Lock hospitals Punjab
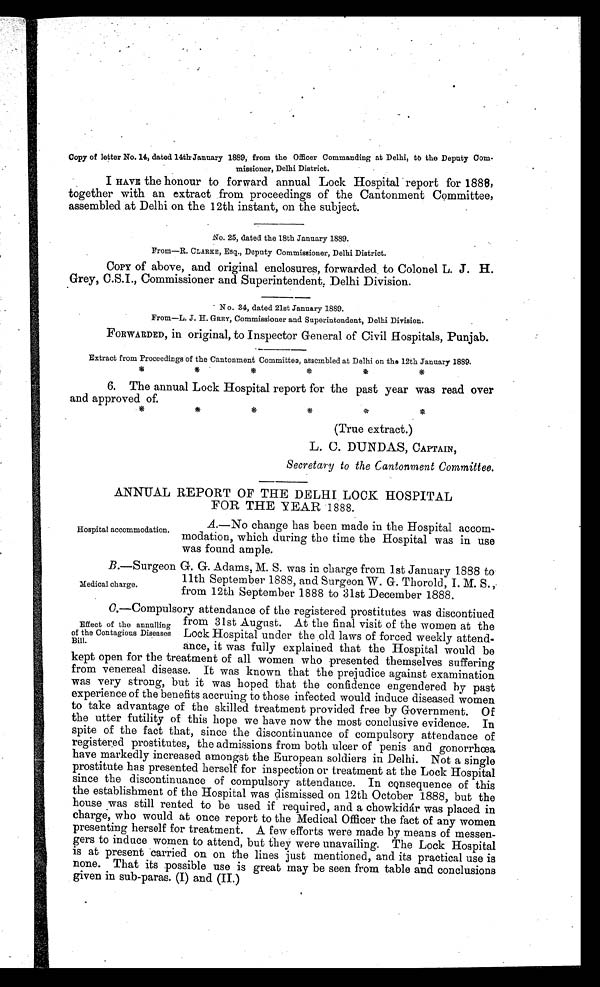
Copy of letter No. 14, dated 14th-January 1889, from the Officer Commanding at Delhi, tb the Deputy Com-
missioner, Delhi District.
I HAVE the honour to forward annual Lock Hospital report for 1888,
together with an extract from proceedings of the Cantonment Committee,
assembled at Delhi on the 12th instant, on the subject.
No. 25, dated the 18th January 1889.
From—R. CLARKE, Esq., Deputy Commissioner, Delhi District.
COPY of above, and original enclosures, forwarded to Colonel L. J. H.
Grey, C.S.I., Commissioner and Superintendent, Delhi Division.
N o. 34, dated 21st January 1889.
From—L. J. H. GREY, Commissioner and Superintendent, Delhi Division.
FORWARDED, in original, to Inspector General of Civil Hospitals, Punjab.
Extract from Proceedings of the Cantonment Committee, assembled at Delhi on the 12th January 1889.
*
*
*
*
*
*
6. The annual Lock Hospital report for the past year was read over
and approved of.
*
*
*
*
*
*
(True extract.)
L. C. DUNDAS, CAPTAIN,
Secretary to the Cantonment Committee.
ANNUAL REPORT OF THE DELHI LOCK HOSPITAL
FOR THE YEAR 1888.
A.—No change has been made in the Hospital accom-
modation, which during the time the Hospital was in use
was found ample.
B.—Surgeon G. G. Adams, M. S. was in charge from 1st January 1888 to
11th September 1888, and Surgeon W. G. Thorold, I. M. S.
from 12th September 1888 to 31st December 1888.
C.—Compulsory attendance of the registered prostitutes was discontiued
from 31st August. At the final visit of the women at the
Lock Hospital under the old laws of forced weekly attend-
ance, it was fully explained that the Hospital would be
kept open for the treatment of all women who presented themselves suffering
from venereal disease. It was known that the prejudice against examination
was very strong, but it was hoped that the confidence engendered by past
experience of the benefits accruing to those infected would induce diseased women
to take advantage of the skilled treatment provided free by Government. Of
the utter futility of this hope we have now the most conclusive evidence. In
spite of the fact that, since the discontinuance of compulsory attendance of
registered prostitutes, the admissions from both ulcer of penis and gonorrhœa
have markedly increased amongst the European soldiers in Delhi. Not a single
prostitute has presented herself for inspection or treatment at the Lock Hospital
since the discontinuance of compulsory attendance. In consequence of this
the establishment of the Hospital was dismissed on 12th October 1888, but the
house was still rented to be used if required, and a chowkidár was placed in
charge, who would at once report to the Medical Officer the fact of any women
presenting herself for treatment. A few efforts were made by means of messen-
gers to induce women to attend, but they were unavailing. The Lock Hospital
is at present carried on on the lines just mentioned, and its practical use is
none. That its possible use is great may be seen from table and conclusions
given in sub-paras. (I) and (II.)
Hospital accommodation.
Medical charge.
Effect of the annulling
of the Contagious Diseases
Bill.